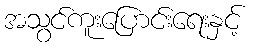
အသွင်ကူးပြောင်းရေးနှင့်